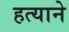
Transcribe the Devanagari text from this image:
हत्याने